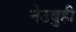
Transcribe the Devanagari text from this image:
नेउबुही